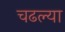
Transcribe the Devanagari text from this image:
चढल्या